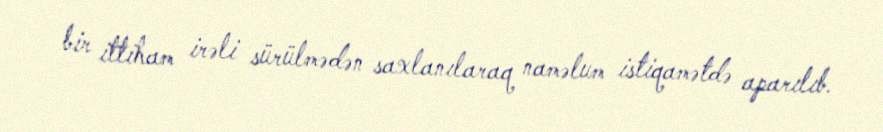
bir ittiham irəli sürülmədən saxlanılaraq naməlum istiqamətdə aparılıb.